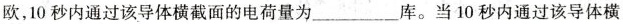
欧，10 秒内通过该导体横截面的电荷量为___库。当 10 秒内通过该导体横